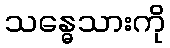
သန္ဓေသားကို